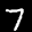
Label: 7